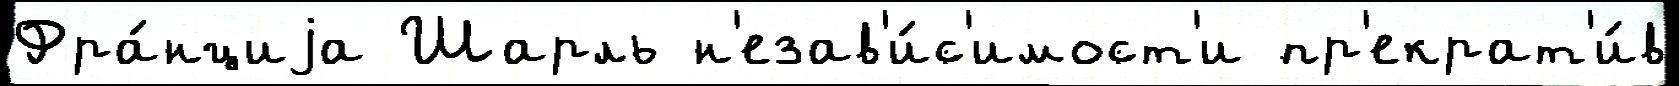
Фра́нциjа Шарль н'езав'и́с'имост'и пр'екрат'и́в